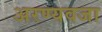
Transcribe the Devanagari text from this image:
अरण्यवजा